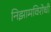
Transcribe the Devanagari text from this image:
निझामविरोधी